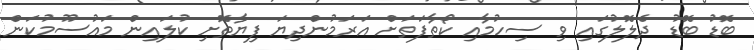
ބޮޑު ބޮޑު ދެލޮލުގައި ވި ސިހުމާއި ކޯތާފަތަށް އަރަމުންދިޔަ ފިޔާތޮށި ކުލައިން މައުސޫމުކަން